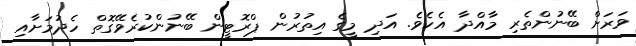
ވަރަށް ބޭނުންތެރި މާއްދާ އެކެވެ. އަދި މީގެ އިތުރުން ޕްރޮޓީން ބޭނުންކުރެވޭގޮތް ހެދުމަށާއި